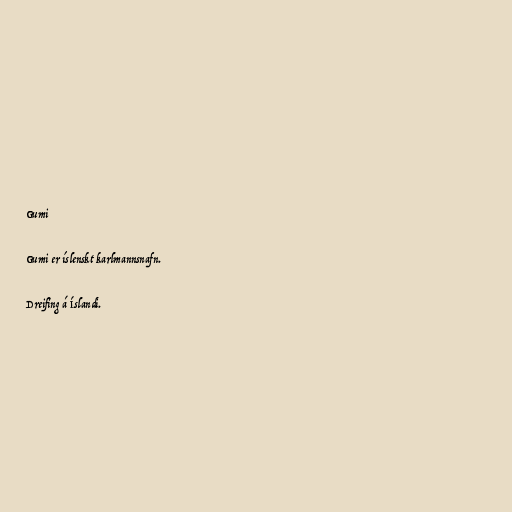
Gumi

Gumi er íslenskt karlmannsnafn.

Dreifing á Íslandi.